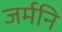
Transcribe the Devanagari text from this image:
जर्मनि